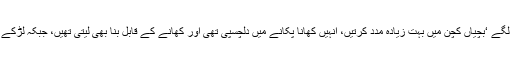
جب بچے کچھ بڑے ہوئے تو وہ بوبی کی مدد کرنے لگے ‘بچیاں کچن میں بہت زیادہ مدد کرتیں، انہیں کھانا پکانے میں دلچسپی تھی اور کھانے کے قابل بنا بھی لیتی تھیں، جبکہ لڑکے لان سے پتے صاف کردیتے یا گاڑی کو دھو دیتے’۔